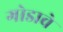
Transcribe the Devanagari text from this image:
गोडावे